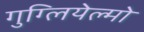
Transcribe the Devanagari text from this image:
गुग्लियेल्मो